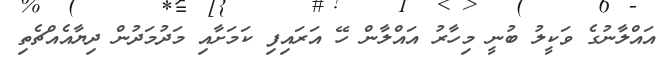
އައްލާނުގެ ވަކީލު ބުނީ މިހާރު އައްލާން ހޭ އަރައިފި ކަމަށާއި މަދުމަދުން ދިޔާއެއްޗެތި